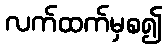
လက်ထက်မှစ၍